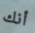
أنك